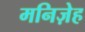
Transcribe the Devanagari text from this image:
मनिज़ेह